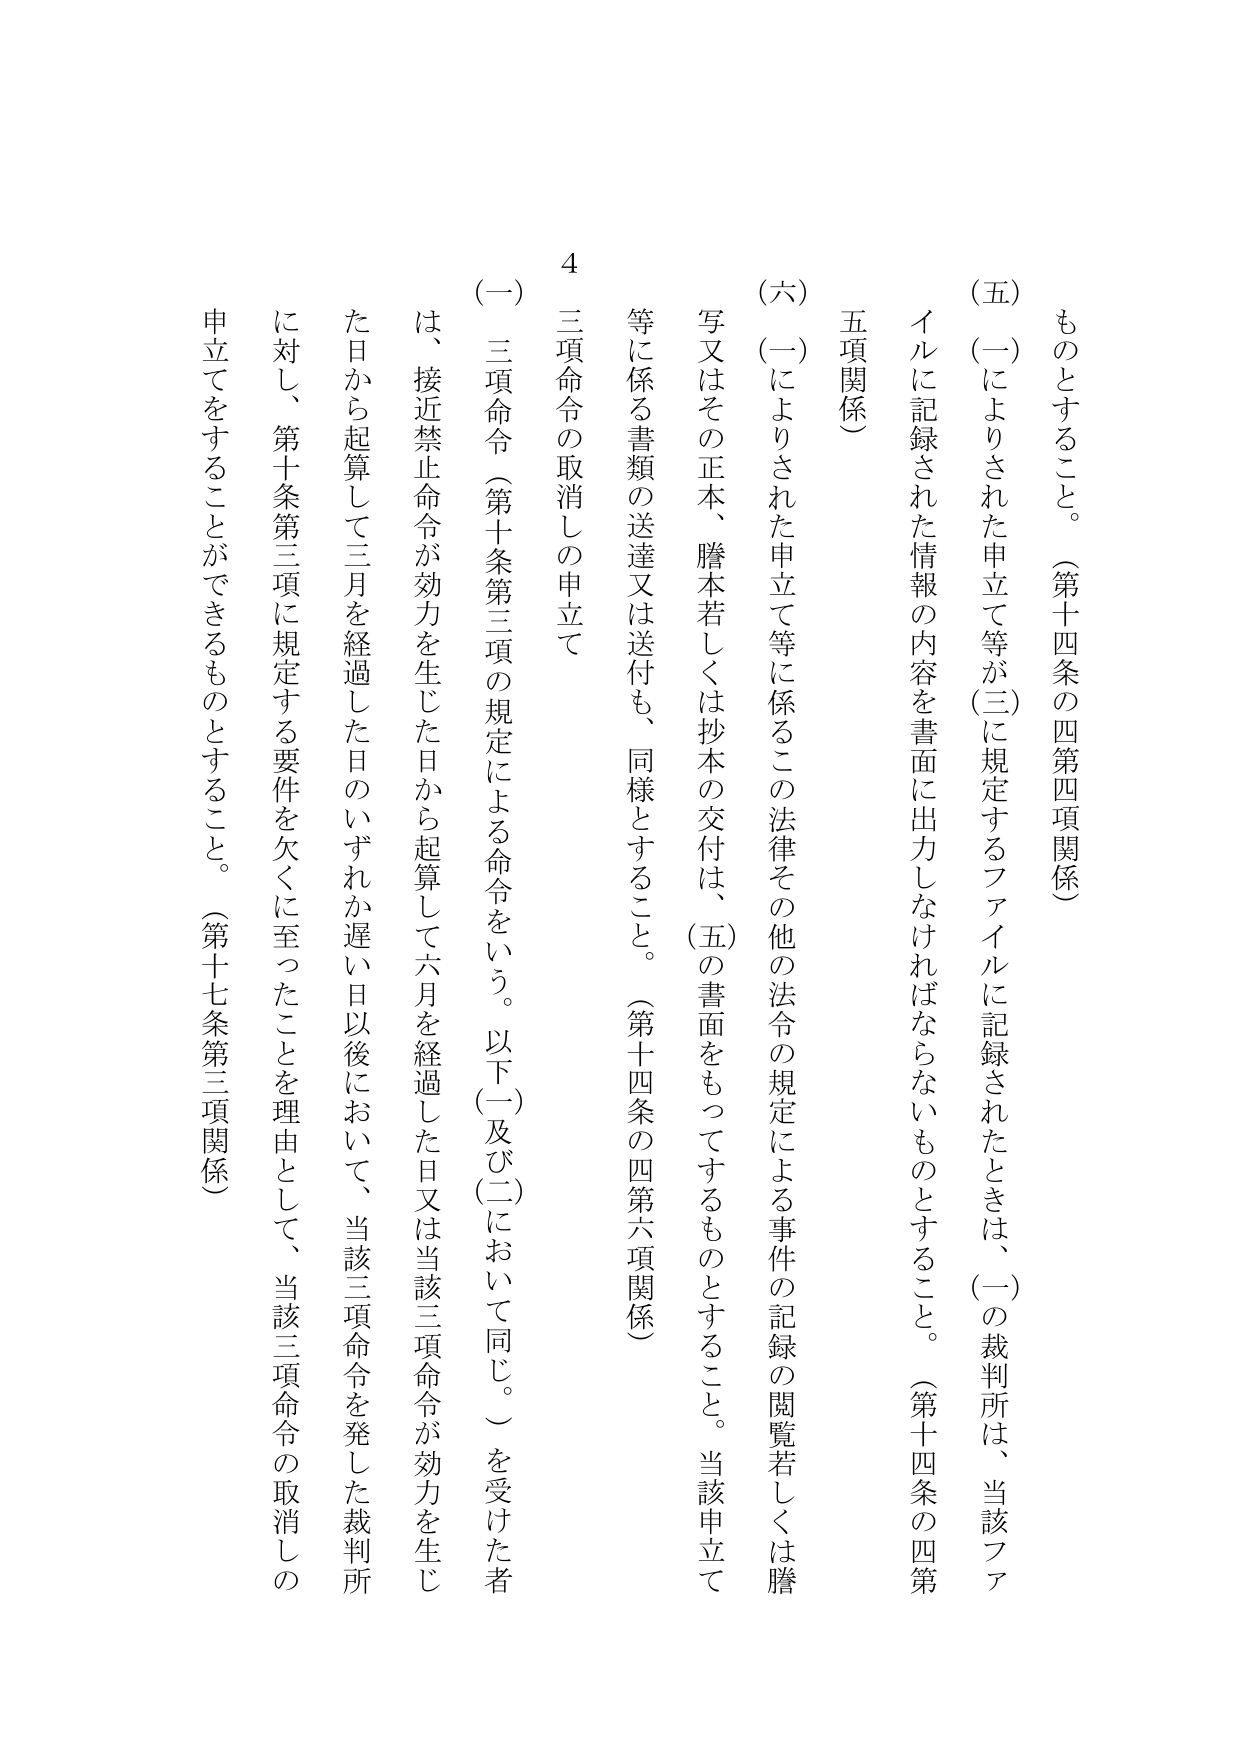
ものとすること。（第十四条の四第四項関係）

（五）（一）によりされた申立て等が（三）に規定するファイルに記録されたときは、（一）の裁判所は、当該ファイルに記録された情報の内容を書面に出力しなければならないものとすること。（第十四条の四第五項関係）

（六）（一）によりされた申立て等に係るこの法律その他の法令の規定による事件の記録の閲覧若しくは謄写又はその正本、謄本若しくは抄本の交付は、（五）の書面をもってするものとすること。当該申立て等に係る書類の送達又は送付も、同様とすること。（第十四条の四第六項関係）

4 三項命令の取消しの申立て

（一）三項命令（第十条第三項の規定による命令をいう。以下（一）及び（二）において同じ。）を受けた者は、接近禁止命令が効力を生じた日から起算して六月を経過した日又は当該三項命令が効力を生じた日から起算して三月を経過した日のいずれか遅い日以後において、当該三項命令を発した裁判所に対し、第十条第三項に規定する要件を欠くに至ったことを理由として、当該三項命令の取消しの申立てをすることができるものとすること。（第十七条第三項関係）